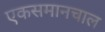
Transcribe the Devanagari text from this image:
एकसमानचाल